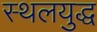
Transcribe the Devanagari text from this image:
स्थलयुद्ध